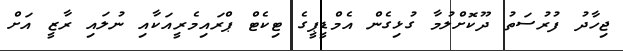
ޖިހާދު ފުރުސަތު ދޫކޮށްލުމާ ގުޅިގެން އެމްޑީޕީގެ ޓިކެޓް ޕްރައިމެރީއަކާއި ނުލައި ރާޒީ އަށް